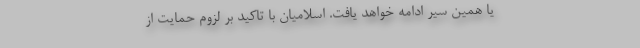
یا همین سیر ادامه خواهد یافت. اسلامیان با تاکید بر لزوم حمایت از